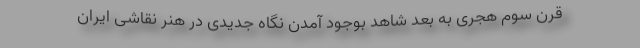
قرن سوم هجری به بعد شاهد بوجود آمدن نگاه جدیدی در هنر نقاشی ایران